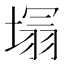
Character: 𭏕